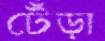
টেঁড়া